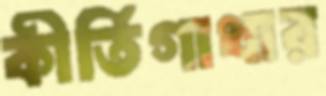
কীর্তিগাথার